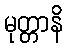
မုတ္တာနိ